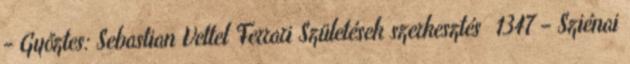
- Győztes: Sebastian Vettel Ferrari Születések szerkesztés 1347 – Sziénai